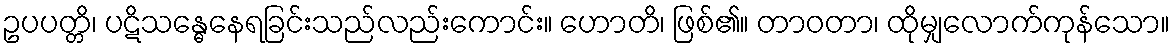
ဥပပတ္တိ၊ ပဋိသန္ဓေနေရခြင်းသည်လည်းကောင်း။ ဟောတိ၊ ဖြစ်၏။ တာဝတာ၊ ထိုမျှလောက်ကုန်သော။